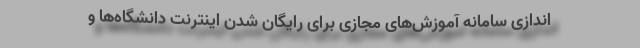
اندازی سامانه آموزش‌های مجازی برای رایگان شدن اینترنت دانشگاه‌ها و